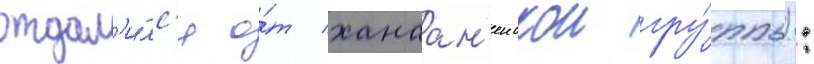
отдал'и́лс'я о́т ханаан'еискои гру́ппы):